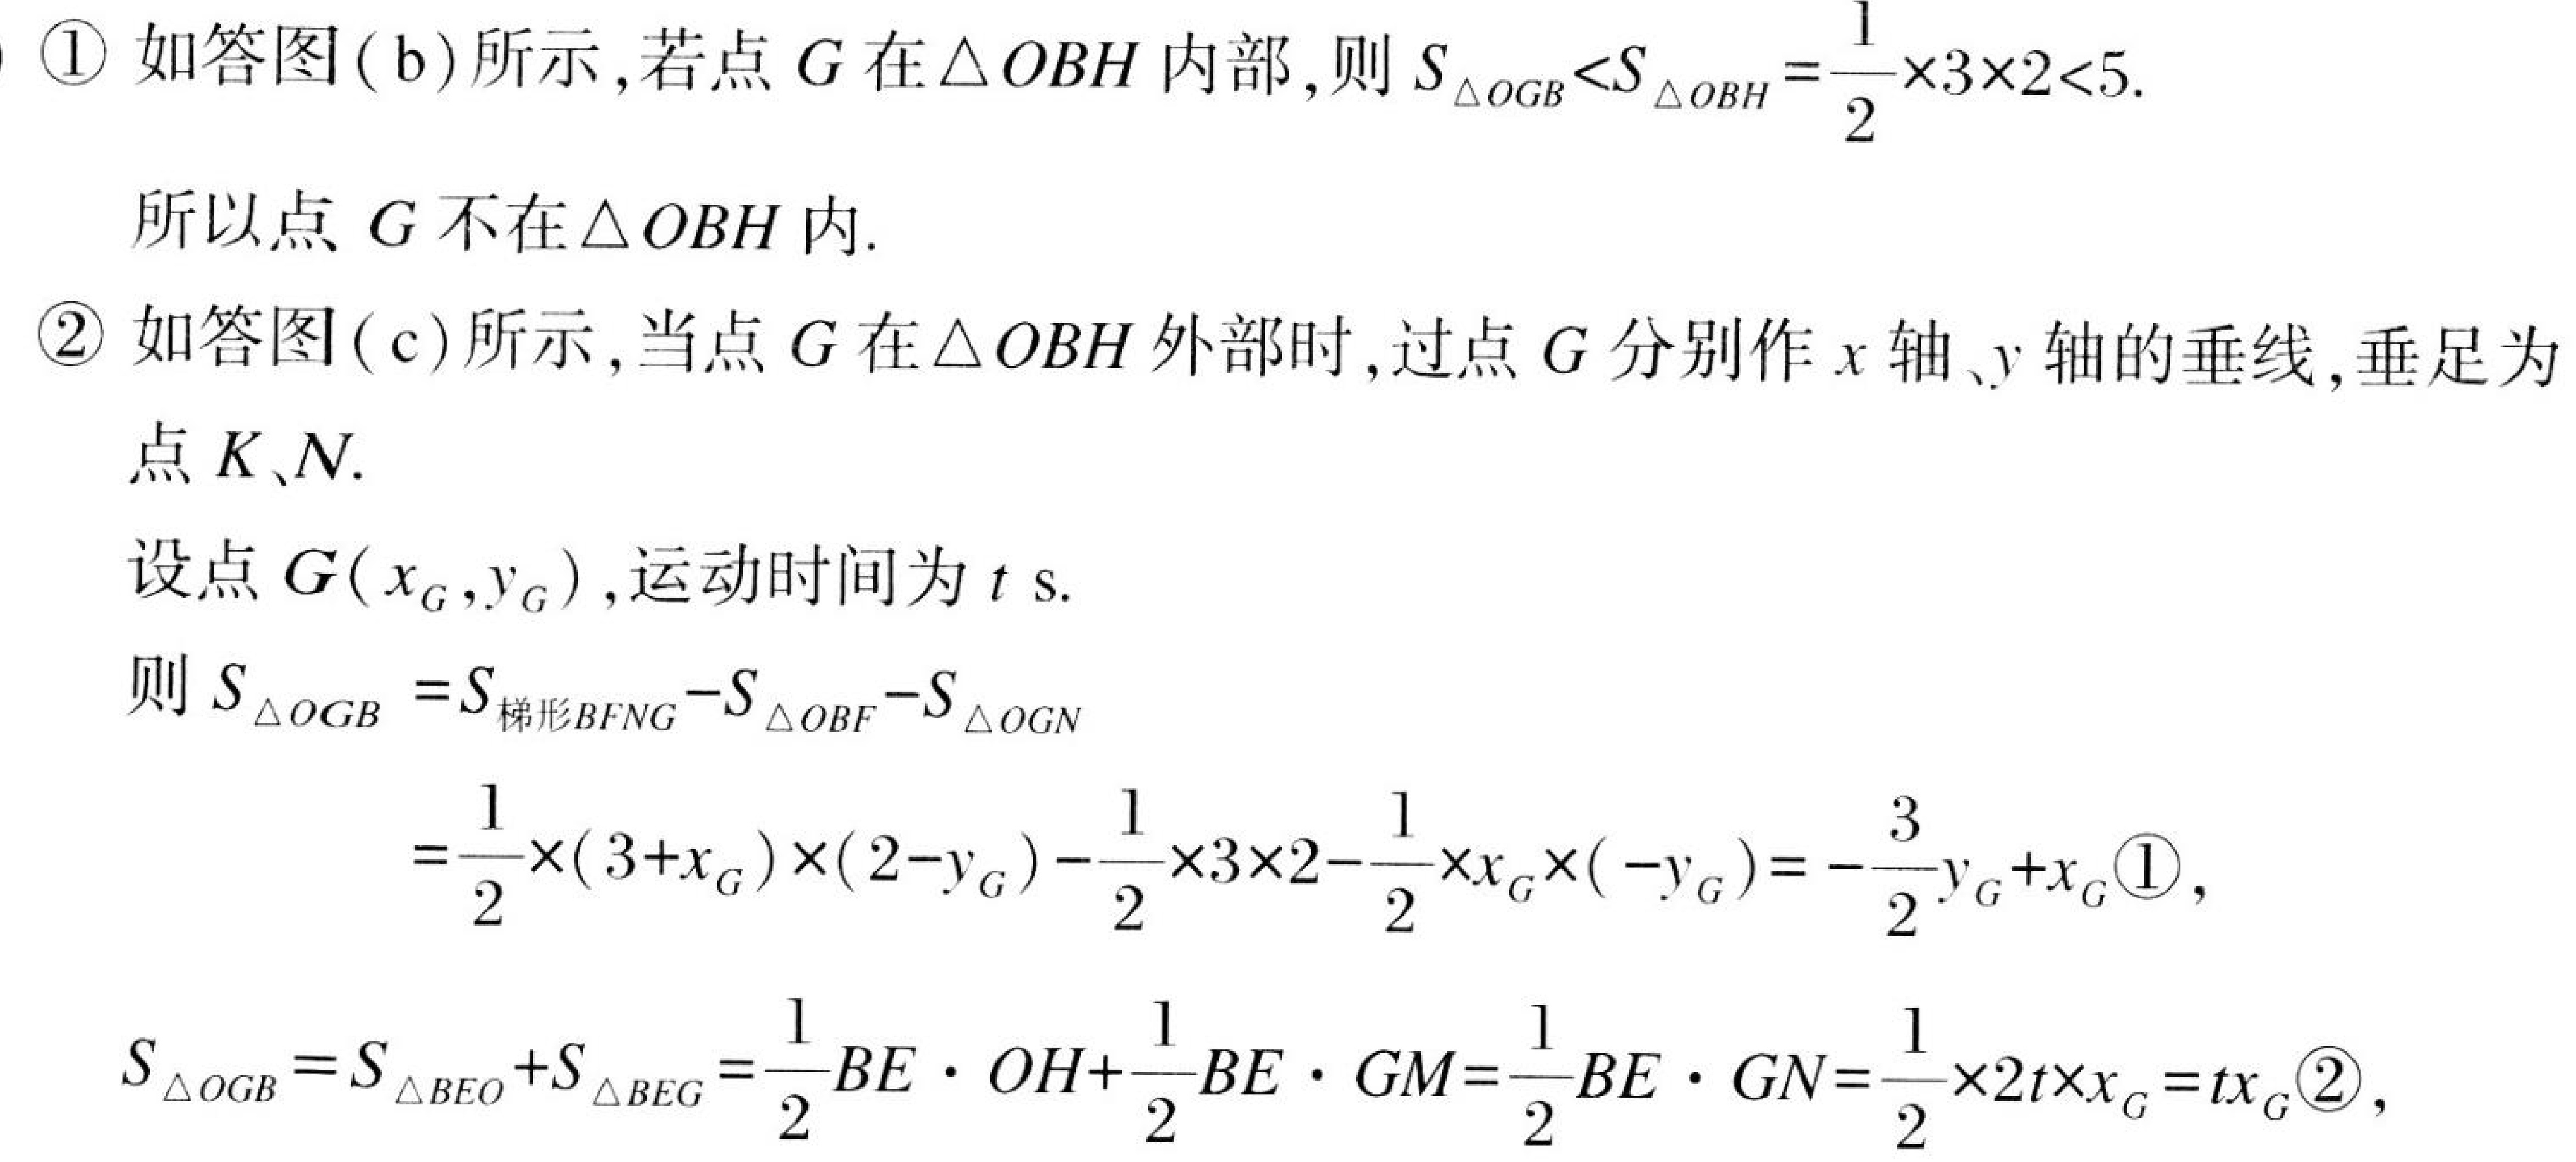
\textcircled{1} 如答图( b)所示,若点 \(G\) 在 \(\triangle OBH\) 内部,则 \(S_{\triangle OGB}<S_{\triangle OBH}=\frac{1}{2}\times3\times2<5\).
所以点 \(G\) 不在 \(\triangle OBH\) 内.
\textcircled{2} 如答图( c)所示,当点 \(G\) 在 \(\triangle OBH\) 外部时,过点 \(G\) 分别作 \(x\) 轴、\(y\) 轴的垂线,垂足为点 \(K\)、\(N\).
设点 \(G(x_{G},y_{G})\),运动时间为 \(t\) s.
则 \(S_{\triangle OGB}=S_{梯形BFNG}-S_{\triangle OBF}-S_{\triangle OGN}\)
\(=\frac{1}{2}\times(3 + x_{G})\times(2 - y_{G})-\frac{1}{2}\times3\times2-\frac{1}{2}\times x_{G}\times(-y_{G})=-\frac{3}{2}y_{G}+x_{G}\textcircled{1}\),
\(S_{\triangle OGB}=S_{\triangle BEO}+S_{\triangle BEG}=\frac{1}{2}BE\cdot OH+\frac{1}{2}BE\cdot GM=\frac{1}{2}BE\cdot GN=\frac{1}{2}\times2t\times x_{G}=tx_{G}\textcircled{2}\),